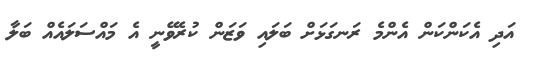
އަދި އެކަންކަން އެންމެ ރަނގަޅަށް ބަލައި ވަޒަން ކުރެވޭނީ އެ މައްސަލައެއް ބަލާ